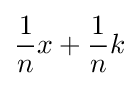
{\frac {1}{n}}x+{\frac {1}{n}}k